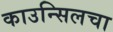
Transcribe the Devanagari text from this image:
काउन्सिलचा